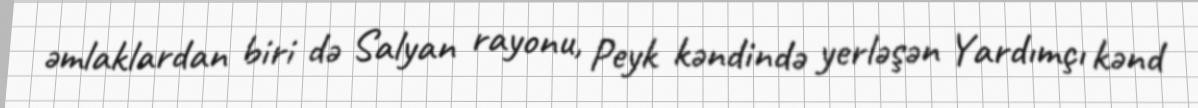
əmlaklardan biri də Salyan rayonu, Peyk kəndində yerləşən Yardımçı kənd